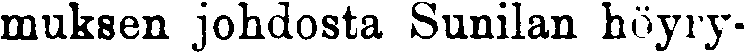
muksen johdosta Sunilan höyry-